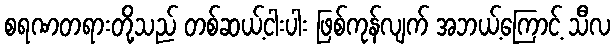
စရဏတရားတို့သည် တစ်ဆယ့်ငါးပါး ဖြစ်ကုန်လျက် အဘယ့်ကြောင့် သီလ